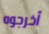
أخرجوه